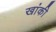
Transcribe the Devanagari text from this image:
खांकी